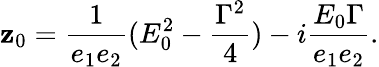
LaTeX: \mathbf{z}_{0}=\frac{{1}}{{e_{1}e_{2}}}(E_{0}^{2}-\frac{{{\Gamma}^{2}}}{{4}})-i\frac{{E_{0}{\Gamma}}}{{e_{1}e_{2}}}.